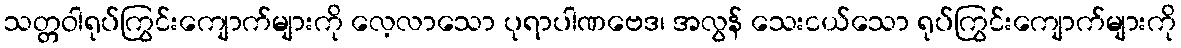
သတ္တဝါရုပ်ကြွင်းကျောက်များကို လေ့လာသော ပုရာပါဏဗေဒ၊ အလွန် သေးငယ်သော ရုပ်ကြွင်းကျောက်များကို